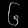
Digit: ၆